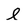
Character: l